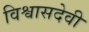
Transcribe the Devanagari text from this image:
विश्वासदेवी